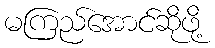
မကြည်အောင်ဆိုဖို့